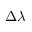
\Delta \lambda